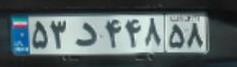
۵۳د۴۴۸۵۸